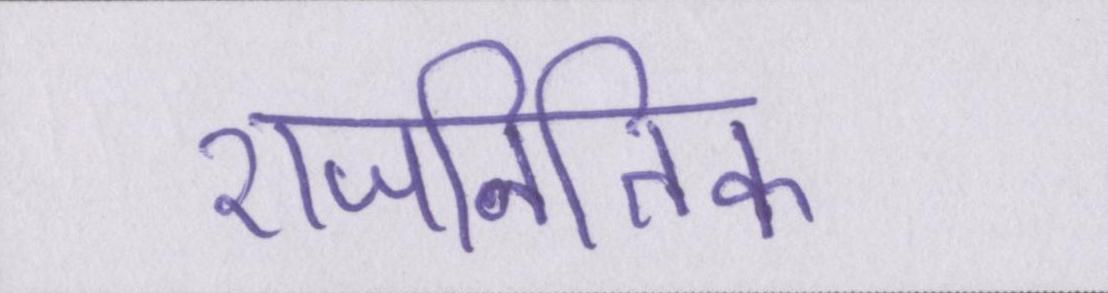
राजनितिक